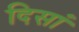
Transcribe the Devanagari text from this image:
दिसां